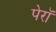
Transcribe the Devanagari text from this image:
पेरॉ